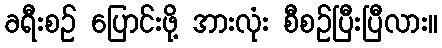
ခရီးစဉ် ပြောင်းဖို့ အားလုံး စီစဉ်ပြီးပြီလား။